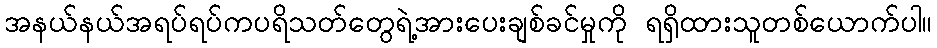
အနယ်နယ်အရပ်ရပ်ကပရိသတ်တွေရဲ့အားပေးချစ်ခင်မှုကို ရရှိထားသူတစ်ယောက်ပါ။